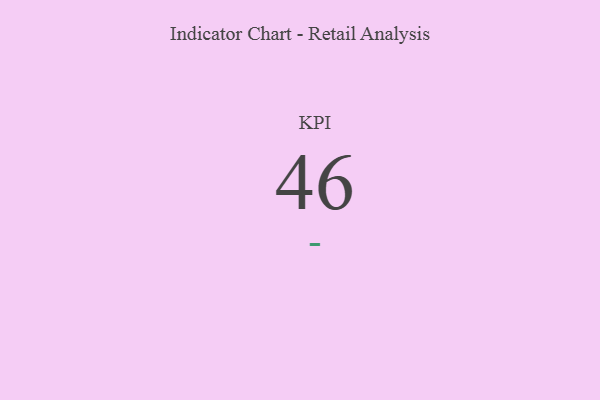
{"axis": {"x": "KPI", "y": "Value"}, "legend": [""], "data": [{"x": "KPI", "y": 46, "type": ""}]}